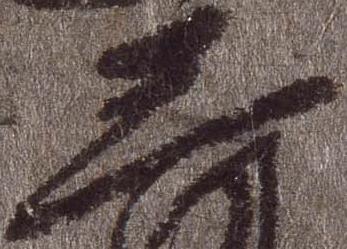
三